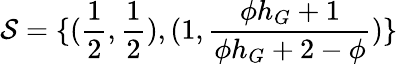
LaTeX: \mathcal{S}=\{ (\frac{1}{2},\frac{1}{2}),(1,\frac{\phi h_{G}+1}{\phi h_{G}+2-\phi})\}